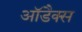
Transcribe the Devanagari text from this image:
आॅडैक्स